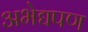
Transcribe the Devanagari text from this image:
अभेद्यपण